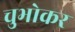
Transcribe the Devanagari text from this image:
चुभोकर